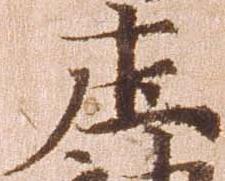
庄